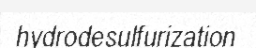
hydrodesulfurization